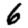
Digit: 6